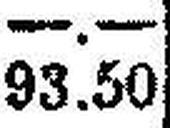
93.50